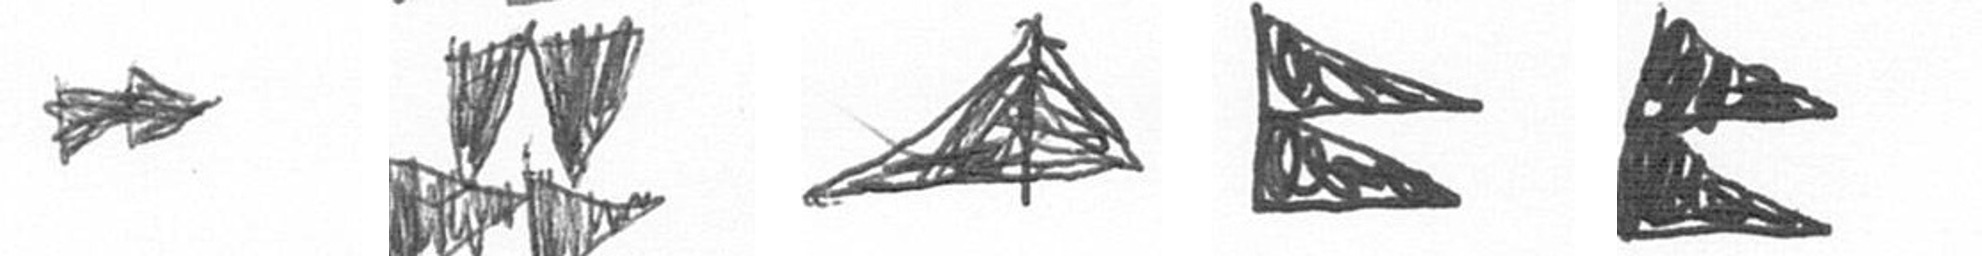
A B O P P